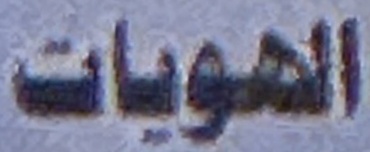
الهويات